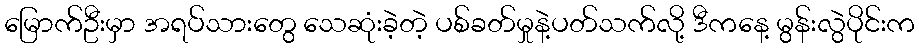
မြောက်ဦးမှာ အရပ်သားတွေ သေဆုံးခဲ့တဲ့ ပစ်ခတ်မှုနဲ့ပတ်သက်လို့ ဒီကနေ့ မွန်းလွဲပိုင်းက